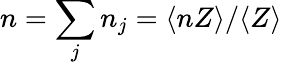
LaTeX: n=\sum_{j}n_{j}=\langle nZ\rangle/\langle Z\rangle